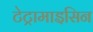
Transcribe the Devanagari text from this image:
टेट्रामाइसिन